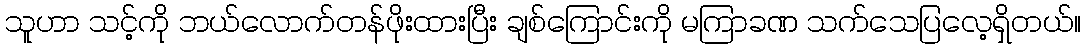
သူပာာ သင့်ကို ဘယ်လောက်တန်ဖိုးထားပြီး ချစ်ကြောင်းကို မကြာခဏ သက်သေပြလေ့ရှိတယ်။